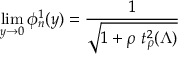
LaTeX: \operatorname * { l i m } _ { y \to 0 } \phi _ { n } ^ { 1 } ( y ) = \frac { 1 } { \sqrt { 1 + \rho \ t _ { \rho } ^ { 2 } ( \Lambda ) } }